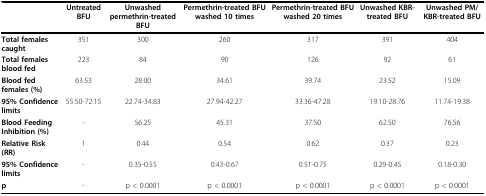
<table><thead><tr><td></td><td><b>Untreated BFU</b></td><td><b>Unwashed permethrin-treated BFU</b></td><td><b>Permethrin-treated BFU washed 10 times</b></td><td><b>Permethrin-treated BFU washed 20 times</b></td><td><b>Unwashed KBR-treated BFU</b></td><td><b>Unwashed PM/KBR-treated BFU</b></td></tr></thead><tbody><tr><td><b>Total females caught</b></td><td>351</td><td>300</td><td>260</td><td>317</td><td>391</td><td>404</td></tr><tr><td><b>Total females blood fed</b></td><td>223</td><td>84</td><td>90</td><td>126</td><td>92</td><td>61</td></tr><tr><td><b>Blood fed females (%)</b></td><td>63.53</td><td>28.00</td><td>34.61</td><td>39.74</td><td>23.52</td><td>15.09</td></tr><tr><td><b>95% Confidence limits</b></td><td>55.50-72.15</td><td>22.74-34.83</td><td>27.94-42.27</td><td>33.36-47.28</td><td>19.10-28.76</td><td>11.74-19.38</td></tr><tr><td><b>Blood Feeding Inhibition (%)</b></td><td>-</td><td>56.25</td><td>45.31</td><td>37.50</td><td>62.50</td><td>76.56</td></tr><tr><td><b>Relative Risk (RR)</b></td><td>1</td><td>0.44</td><td>0.54</td><td>0.62</td><td>0.37</td><td>0.23</td></tr><tr><td><b>95% Confidence limits</b></td><td>-</td><td>0.35-0.55</td><td>0.43-0.67</td><td>0.51-0.75</td><td>0.29-0.45</td><td>0.18-0.30</td></tr><tr><td><b>p</b></td><td>-</td><td>p &lt; 0.0001</td><td>p &lt; 0.0001</td><td>p &lt; 0.0001</td><td>p &lt; 0.0001</td><td>p &lt; 0.0001</td></tr></tbody></table>